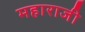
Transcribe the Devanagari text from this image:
महाराजी